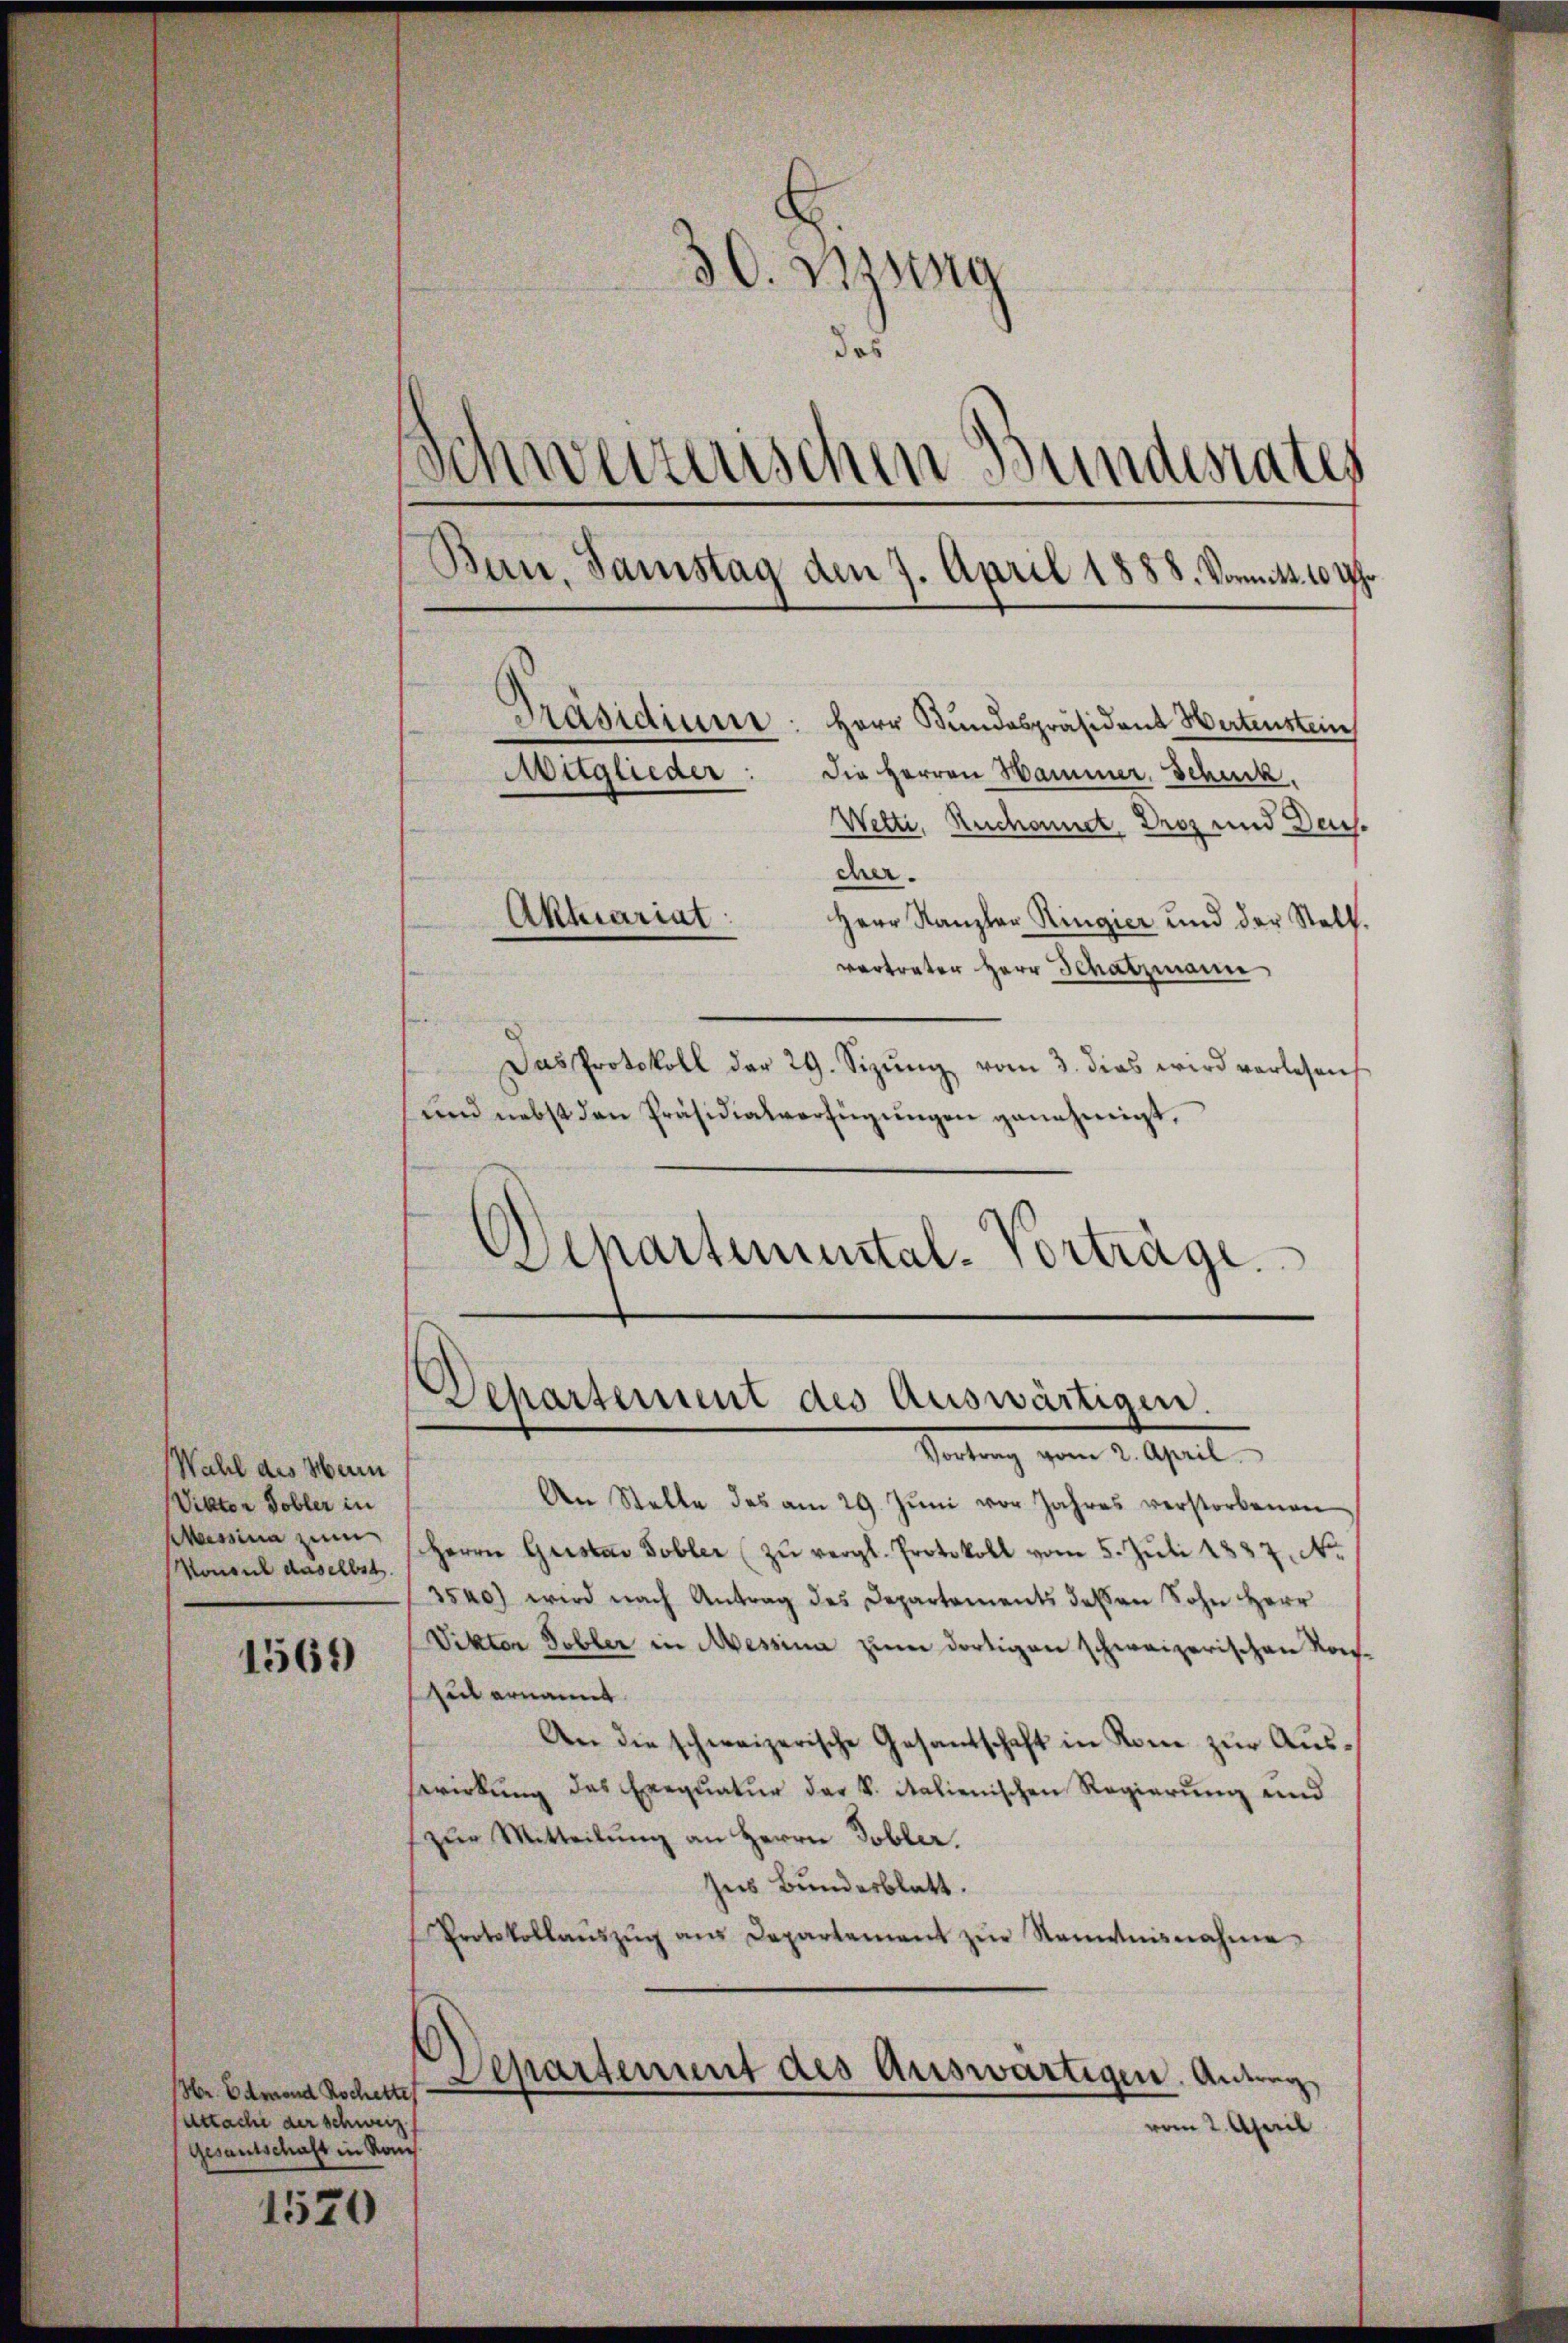
Wahl des Hein
Viktor Tobler in
Messina zum
Konsul daselbst.

1569

(Hr. Edmond Rochertes
Cattache der schweiz
gesantschaft in Rom.

1520

30. Missg
das
Schweizerischen Bundesrates
Ban, Samstag den 7. April 1888. Vormitt. 10 Uhr
Präsidium. Herr Bundespräsident Wertenstein
Mitglieder:
Die Herren Hammer, Schuck,
Wetti, Ruchonet. Droz und Deuchcher.
Aktuariat
Herr Kanzler Ringier und der Stall.
vertreter Herr Schatzmann
Das Protokoll der 29. Sizŭng vom 3. dies wird verlesen
und nebst den Präsidialverfügungen genehmigt,

Departemental-Vorträge.

.
Lepartement des Auswärtigen.
Vortrag vom 2. April

An Stelle des am 29. Jŭni vor Jahres verstorbenen
Herrn Geistav Tobler (zŭ vergl. Protokoll vom 5. Jŭli 1837. No.
354) wird nach Antrag des Departements dessen Sohn Herr
Vikten Dobler in Messina zum dortigen schweizerischen Kon¬
Zeit ernannt.
An die schweizerische Gesantschaft in Rom zur Auswirkung des Exequatur das k. italienischen Regierung und
(zur Mitteilung an Herrn Tobler.
his Bunderblatt.
Protokollaŭszŭg aŭs Departement zŭr Kenntnisnahme,

Departement des Auswärtigen. Anleg
vom 2. April